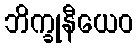
ဘိက္ခုနီယေဝ